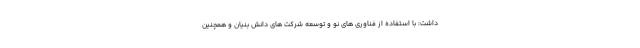
داشت: با استفاده از فناوری های نو و توسعه شرکت های دانش بنیان و همچنین